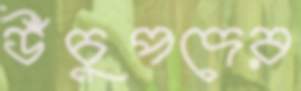
উঁচুপদের